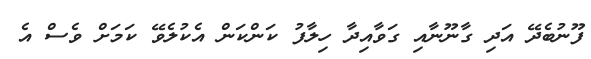
ފޫނުބެދޭ އަދި ގާނޫނާއި ގަވާއިދާ ހިލާފު ކަންކަން އެކުލެވޭ ކަމަށް ވެސް އެ